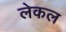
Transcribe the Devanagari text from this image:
लेकल